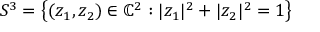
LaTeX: S ^ { 3 } = \left\{ ( z _ { 1 } , z _ { 2 } ) \in \mathbb { C } ^ { 2 } : | z _ { 1 } | ^ { 2 } + | z _ { 2 } | ^ { 2 } = 1 \right\}